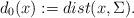
LaTeX: \begin{align*}d_0(x):=dist(x,\Sigma).\end{align*}